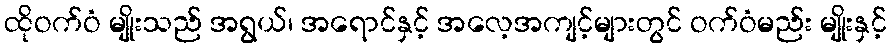
ထိုဝက်ဝံ မျိုးသည် အရွယ်၊ အရောင်နှင့် အလေ့အကျင့်များတွင် ဝက်ဝံမည်း မျိုးနှင့်